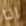
انا